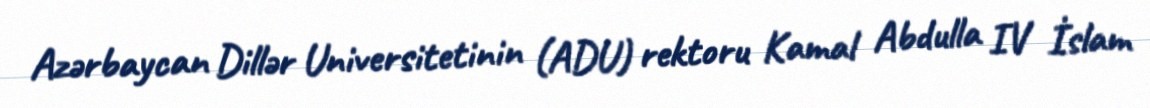
Azərbaycan Dillər Universitetinin (ADU) rektoru Kamal Abdulla IV İslam